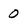
Character: 0